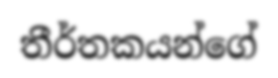
තීර්තකයන්ගේ